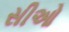
સીઓ